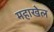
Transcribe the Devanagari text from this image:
महाखेल